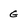
Character: G